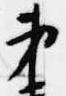
第